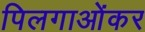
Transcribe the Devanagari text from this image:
पिलगाओंकर